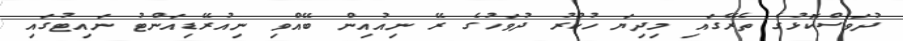
ދުވަސްކޮޅުގެ ތެރޭގައި މިދިޔަ ހުކުރު ދުވަހުގެ ރޭ ނިއުއިން ބޭއްވި ނިއުރޭޑިއަންޓު ނައިޓުގައި